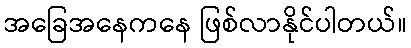
အခြေအနေကနေ ဖြစ်လာနိုင်ပါတယ်။